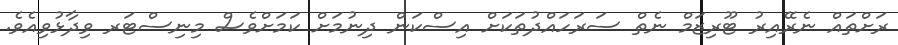
ރަށްތައް ނެރޭއިރު ޓޫރިޒަމް ނެތް ސަރަހައްދުތަކަށް އިސްކަން ދިނުމަށް ކަމަށްވެސް މިނިސްޓަރ ވިދާޅުވިއެވެ.